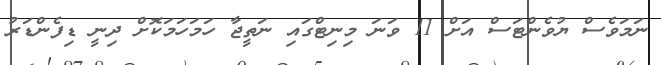
ނަމަވެސް ޔުވެންޓަސް އަށް 11 ވަނަ މިނިޓްގައި ނަތީޖާ ހަމަހަމަކޮށް ދިނީ ޑިފެންޑަރު